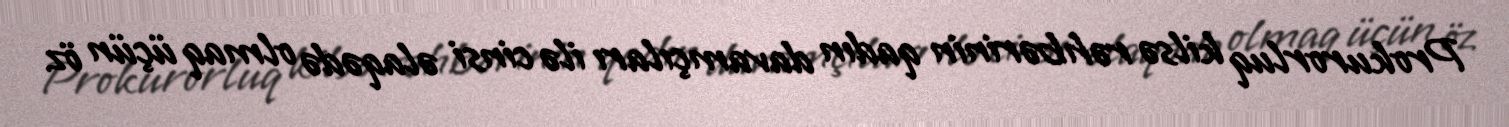
Prokurorluq kilsə rəhbərinin qadın davamçıları ilə cinsi əlaqədə olmaq üçün öz